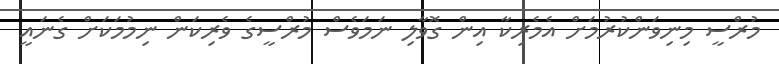
މުރްސީ މިނިވަންކުރުމަށް އެމެރިކާ އިން ގޮވާލި ނަމަވެސް މުރްސީގެ ވެރިކަން ނިމުމަކަށް ގެނައީ